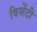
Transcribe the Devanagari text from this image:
विसेंटी